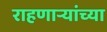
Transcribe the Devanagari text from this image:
राहणार्‍यांच्या